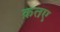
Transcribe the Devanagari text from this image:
क़तए